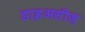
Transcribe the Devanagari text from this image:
डाइअसीज़